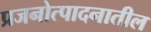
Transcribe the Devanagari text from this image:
प्रजनोत्पादनातील